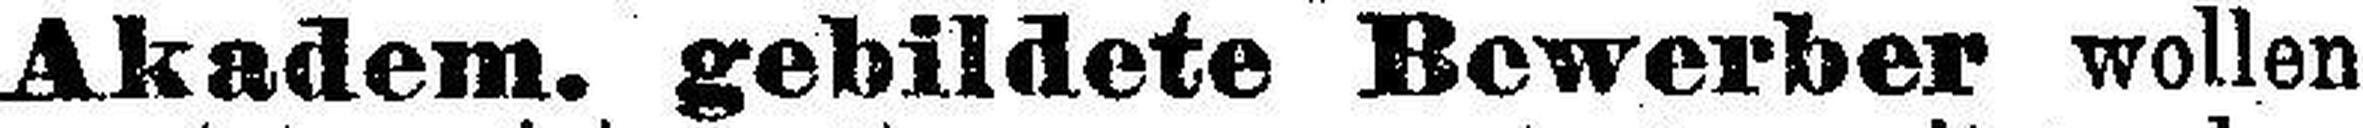
Akadem. gebildete Bewerber wollen